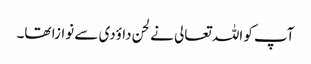
آپ کو اللہ تعالی نے لحن داؤدی سے نوازا تھا۔